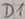
Text: D1